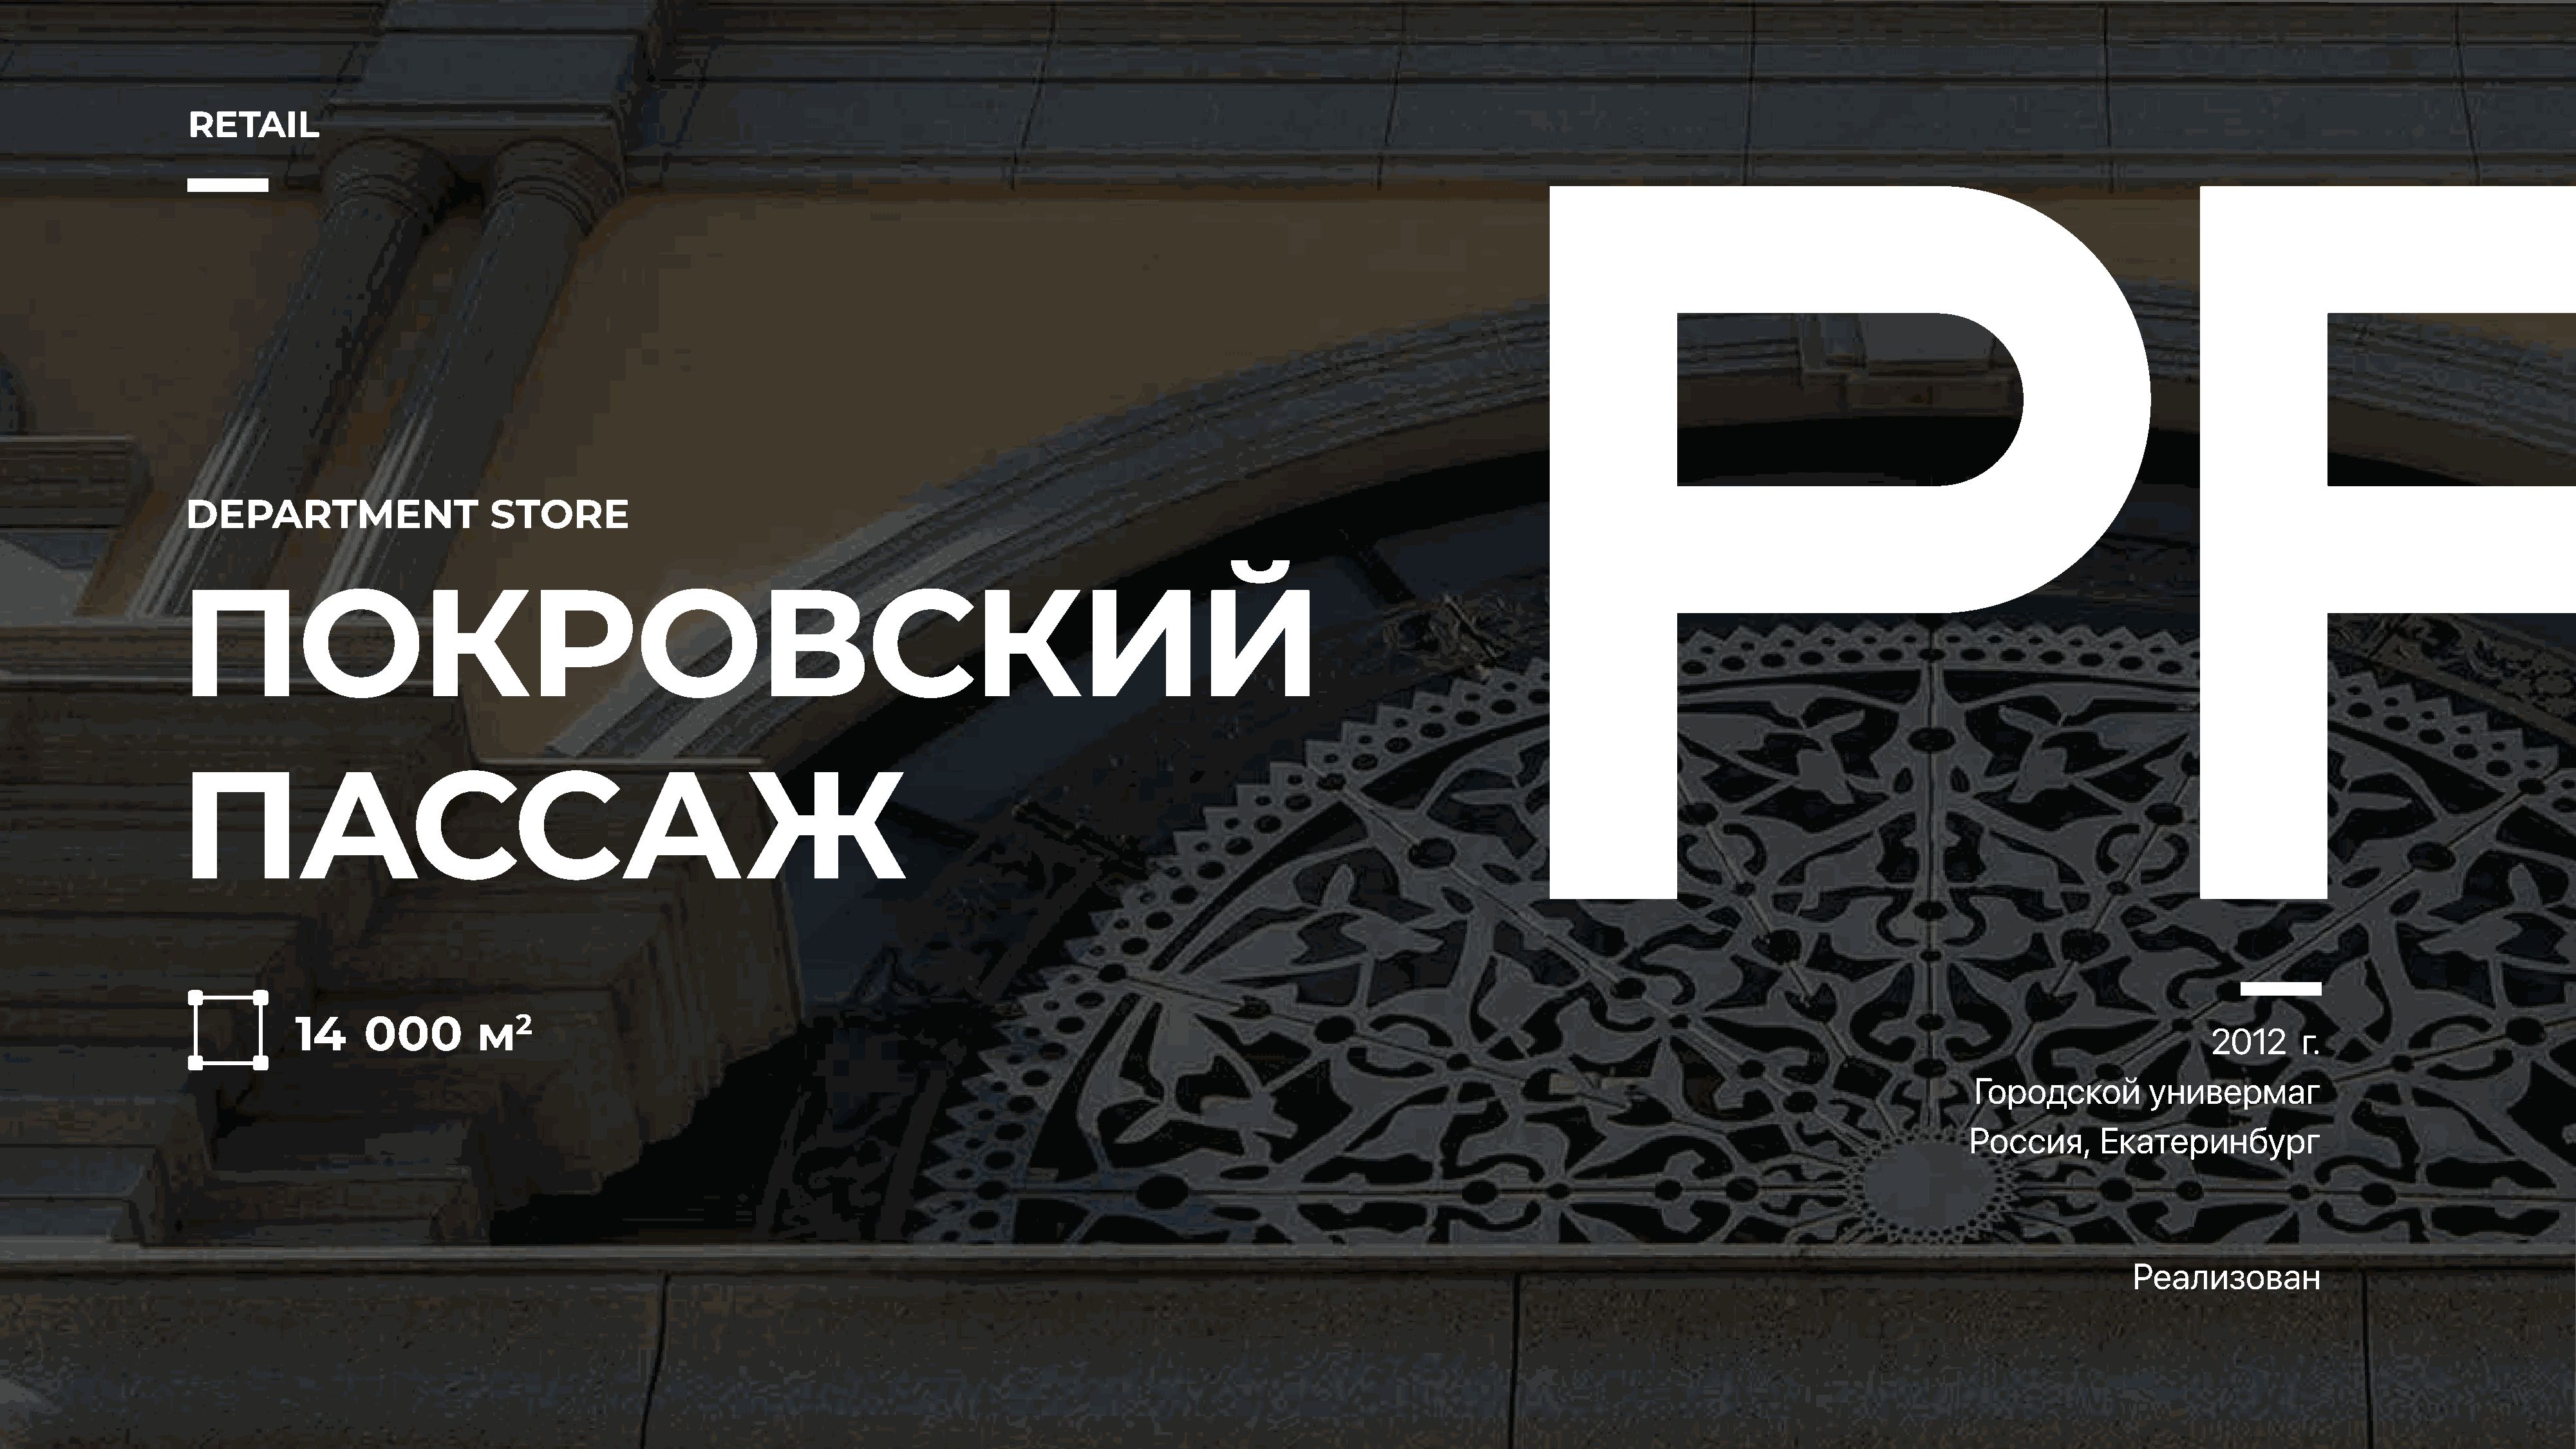
RETAIL
 DEPARTMENT                     STORE
 ПОКРОВСКИЙ
 ПАССАЖ
 14     000         м2
 2012      г.
 Городской         универмаг
 Россия,       Екатеринбург
 Реализован